Problem: 20 + 5 = ?
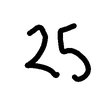
Handwritten answer: 25